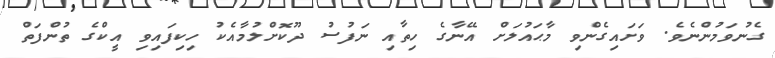
ގެނުވަމުންނެވެ. ވަށައިގެންވި މާޙައުލަށް އޭނާގެ ހިތާއި ނަފުސު ދޫކޮށްލުމާއެކު ހިކިފައިވި އީކްގެ ތުންފަތް